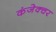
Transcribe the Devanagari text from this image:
कंजेक्चर